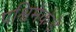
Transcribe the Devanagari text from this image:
पश्विमेकडे